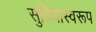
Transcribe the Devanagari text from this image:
सुविधास्वरूप